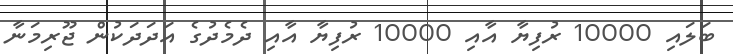
ބަލައި 10000 ރުފިޔާ އާއި 10000 ރުފިޔާ އާއި ދެމެދުގެ އަދަދަކުން ޖޫރިމަނާ